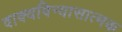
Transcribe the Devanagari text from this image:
वाक्यविन्यासात्मक